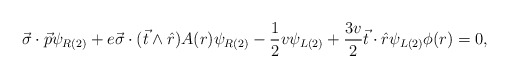
\begin{align*}\vec{\sigma} \cdot \vec{p} \psi_{R(2)} + e \vec{\sigma} \cdot (\vec{t} \wedge \hat{r}) A(r) \psi_{R(2)} - \frac{1} {2} v \psi_{L(2)} + \frac{3 v}{2} \vec{t} \cdot \hat{r} \psi_{L(2)} \phi(r) = 0,\end{align*}